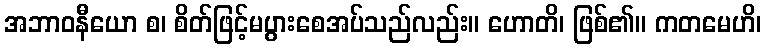
အဘာဝနီယော စ၊ စိတ်ဖြင့်မပွားစေအပ်သည်လည်း။ ဟောတိ၊ ဖြစ်၏။ ကတမေဟိ၊